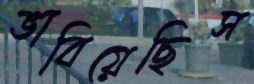
ভাবিয়েছিস